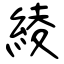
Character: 綾